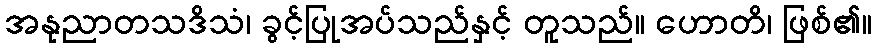
အနုညာတသဒိသံ၊ ခွင့်ပြုအပ်သည်နှင့် တူသည်။ ဟောတိ၊ ဖြစ်၏။